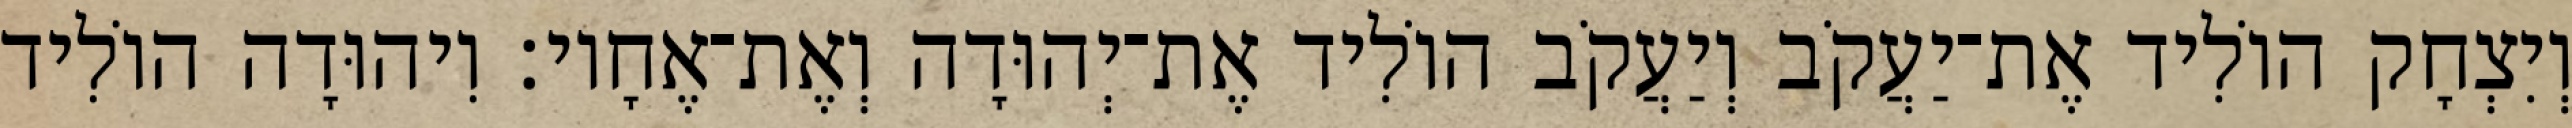
וְיִצְחָק הוֹלִיד אֶת־יַעֲקֹב וְיַעֲקֹב הוֹלִיד אֶת־יְהוּדָה וְאֶת־אֶחָיו׃ וִיהוּדָה הוֹלִיד